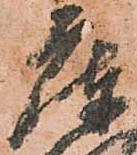
庫